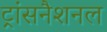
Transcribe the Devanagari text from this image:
ट्रांसनैशनल